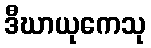
ဒီဃာယုကေသု